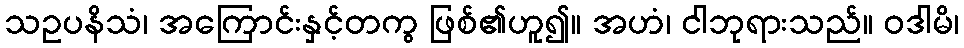
သဥပနိသံ၊ အကြောင်းနှင့်တကွ ဖြစ်၏ဟူ၍။ အဟံ၊ ငါဘုရားသည်။ ဝဒါမိ၊